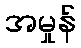
အမှုန်